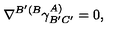
\nabla ^ { B ^ { \prime } ( B } \gamma _ { B ^ { \prime } C ^ { \prime } } ^ { A ) } = 0 ,